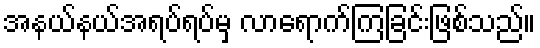
အနယ်နယ်အရပ်ရပ်မှ လာရောက်ကြခြင်းဖြစ်သည်။